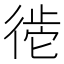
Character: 𪫒